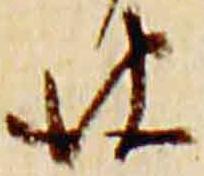
彼